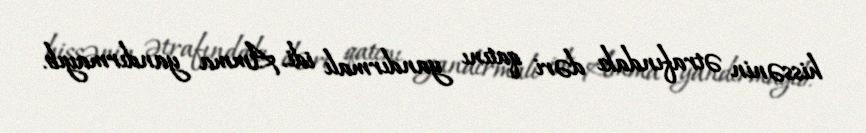
hissənin ətrafındakı dəri qatını yandırmalı idi. Amma yandırmayıb.